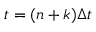
t = ( n + k ) \Delta t